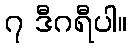
၇ ဒီဂရီပါ။